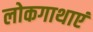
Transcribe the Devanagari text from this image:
लोकगाथाएं